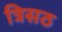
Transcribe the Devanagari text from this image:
त्रिसठ